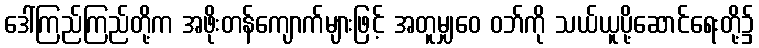
ဒေါ်ကြည်ကြည်တို့က အဖိုးတန်ကျောက်များဖြင့် အတူမျှဝေ ဝဘ်ကို သယ်ယူပို့ဆောင်ရေးတို့၌